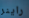
راينر